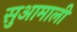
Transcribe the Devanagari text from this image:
सुआमाली